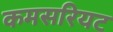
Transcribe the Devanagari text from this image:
कमसरियट